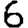
Digit: 6